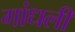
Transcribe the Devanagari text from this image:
गांधली